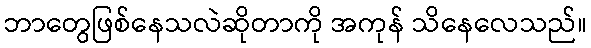
ဘာတွေဖြစ်နေသလဲဆိုတာကို အကုန် သိနေလေသည်။